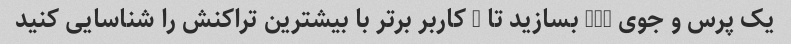
یک پرس و جوی SQL بسازید تا 5 کاربر برتر با بیشترین تراکنش را شناسایی کنید